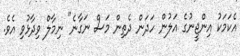
އެކަމަކު އިންޖީނުގެ އަލުން ހަދަން ދެތިން މަސް ނަގާނެ" ނިމާލް ވިދާޅުވި އެވެ.